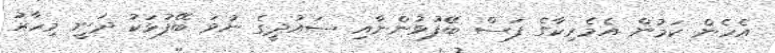
އެހެން ކަމުން އެމެރިކާގެ ފަސް ބޭފުޅުންނާއި ސައުދީގެ ނުވަ ބޭފުޅަކު ދަނީ މިހާރު